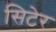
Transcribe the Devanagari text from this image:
सिटेर